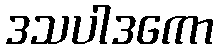
ဒသပါဒကော